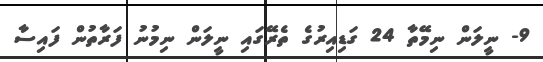
9- ނީލަން ނިމޭތާ 24 ގަޑިއިރުގެ ތެރޭގައި ނީލަން ނިމުނު ފަރާތުން ފައިސާ